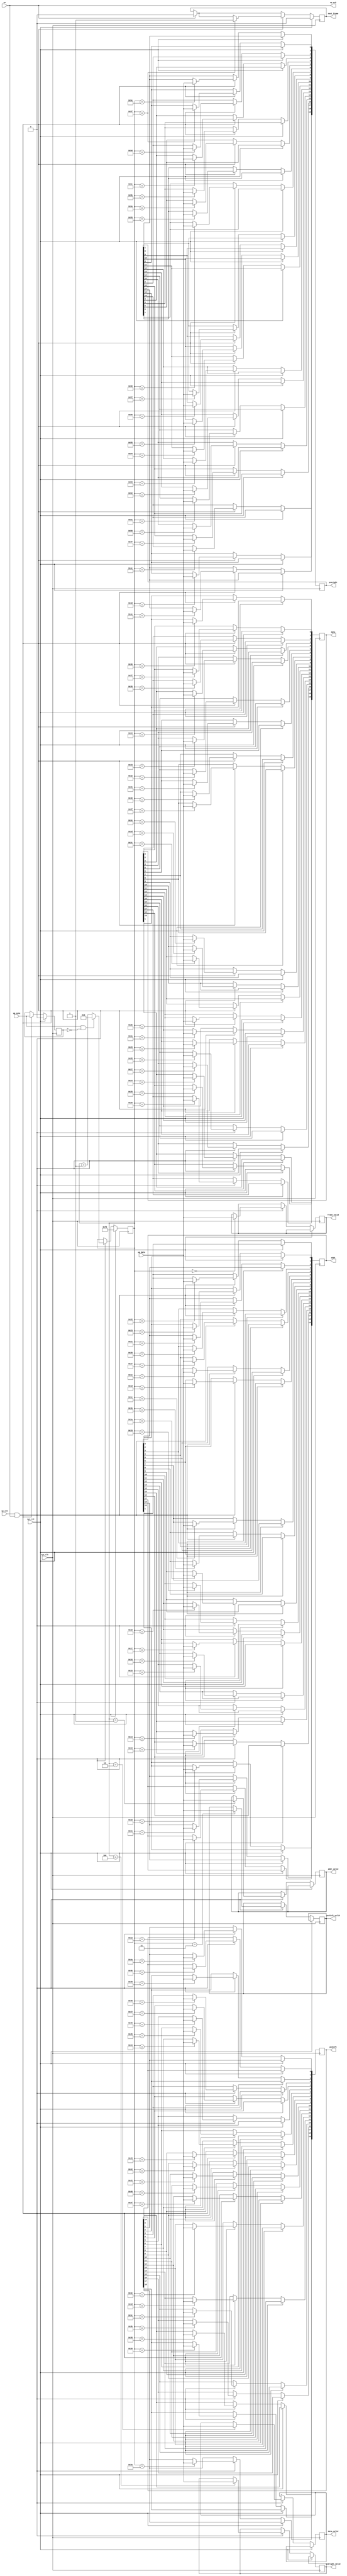
module ac97_deframer(
	input sys_clk,
	input sys_rst,
	
	/* to transceiver */
	input up_stb,
	output up_ack,
	input up_sync,
	input up_data,
	
	/* frame data */
	input en,
	output reg next_frame,
	output reg frame_valid,
	output reg addr_valid,
	output reg [19:0] addr,
	output reg data_valid,
	output reg [19:0] data,
	output reg pcmleft_valid,
	output reg [19:0] pcmleft,
	output reg pcmright_valid,
	output reg [19:0] pcmright
);

reg [7:0] bitcounter;
reg sync_old;
always @(posedge sys_clk) begin
	if(sys_rst) begin
		bitcounter <= 8'd253;
		next_frame <= 1'b0;
		sync_old <= 1'b0;
	end else begin
		if(en)
			next_frame <= 1'b0;
		if(up_stb & en) begin
			case(bitcounter)
				8'd0: frame_valid <= up_data;		// Frame valid
				8'd1: addr_valid <= up_data;		// Slot 1 valid
				8'd2: data_valid <= up_data;		// Slot 2 valid
				8'd3: pcmleft_valid <= up_data;		// Slot 3 valid
				8'd4: pcmright_valid <= up_data;	// Slot 4 valid
	
				8'd16: addr[19] <= up_data;
				8'd17: addr[18] <= up_data;
				8'd18: addr[17] <= up_data;
				8'd19: addr[16] <= up_data;
				8'd20: addr[15] <= up_data;
				8'd21: addr[14] <= up_data;
				8'd22: addr[13] <= up_data;
				8'd23: addr[12] <= up_data;
				8'd24: addr[11] <= up_data;
				8'd25: addr[10] <= up_data;
				8'd26: addr[9] <= up_data;
				8'd27: addr[8] <= up_data;
				8'd28: addr[7] <= up_data;
				8'd29: addr[6] <= up_data;
				8'd30: addr[5] <= up_data;
				8'd31: addr[4] <= up_data;
				8'd32: addr[3] <= up_data;
				8'd33: addr[2] <= up_data;
				8'd34: addr[1] <= up_data;
				8'd35: addr[0] <= up_data;
				
				8'd36: data[19] <= up_data;
				8'd37: data[18] <= up_data;
				8'd38: data[17] <= up_data;
				8'd39: data[16] <= up_data;
				8'd40: data[15] <= up_data;
				8'd41: data[14] <= up_data;
				8'd42: data[13] <= up_data;
				8'd43: data[12] <= up_data;
				8'd44: data[11] <= up_data;
				8'd45: data[10] <= up_data;
				8'd46: data[9] <= up_data;
				8'd47: data[8] <= up_data;
				8'd48: data[7] <= up_data;
				8'd49: data[6] <= up_data;
				8'd50: data[5] <= up_data;
				8'd51: data[4] <= up_data;
				8'd52: data[3] <= up_data;
				8'd53: data[2] <= up_data;
				8'd54: data[1] <= up_data;
				8'd55: data[0] <= up_data;
				
				8'd56: pcmleft[19] <= up_data;
				8'd57: pcmleft[18] <= up_data;
				8'd58: pcmleft[17] <= up_data;
				8'd59: pcmleft[16] <= up_data;
				8'd60: pcmleft[15] <= up_data;
				8'd61: pcmleft[14] <= up_data;
				8'd62: pcmleft[13] <= up_data;
				8'd63: pcmleft[12] <= up_data;
				8'd64: pcmleft[11] <= up_data;
				8'd65: pcmleft[10] <= up_data;
				8'd66: pcmleft[9] <= up_data;
				8'd67: pcmleft[8] <= up_data;
				8'd68: pcmleft[7] <= up_data;
				8'd69: pcmleft[6] <= up_data;
				8'd70: pcmleft[5] <= up_data;
				8'd71: pcmleft[4] <= up_data;
				8'd72: pcmleft[3] <= up_data;
				8'd73: pcmleft[2] <= up_data;
				8'd74: pcmleft[1] <= up_data;
				8'd75: pcmleft[0] <= up_data;
				
				8'd76: pcmright[19] <= up_data;
				8'd77: pcmright[18] <= up_data;
				8'd78: pcmright[17] <= up_data;
				8'd79: pcmright[16] <= up_data;
				8'd80: pcmright[15] <= up_data;
				8'd81: pcmright[14] <= up_data;
				8'd82: pcmright[13] <= up_data;
				8'd83: pcmright[12] <= up_data;
				8'd84: pcmright[11] <= up_data;
				8'd85: pcmright[10] <= up_data;
				8'd86: pcmright[9] <= up_data;
				8'd87: pcmright[8] <= up_data;
				8'd88: pcmright[7] <= up_data;
				8'd89: pcmright[6] <= up_data;
				8'd90: pcmright[5] <= up_data;
				8'd91: pcmright[4] <= up_data;
				8'd92: pcmright[3] <= up_data;
				8'd93: pcmright[2] <= up_data;
				8'd94: pcmright[1] <= up_data;
				8'd95: pcmright[0] <= up_data;
			endcase
			
			if(bitcounter == 8'd95)
				next_frame <= 1'b1;
			
			sync_old <= up_sync;
			if(up_sync & ~sync_old)
				bitcounter <= 8'd0;
			else
				bitcounter <= bitcounter + 8'd1;
		end
	end
end

assign up_ack = en;

endmodule